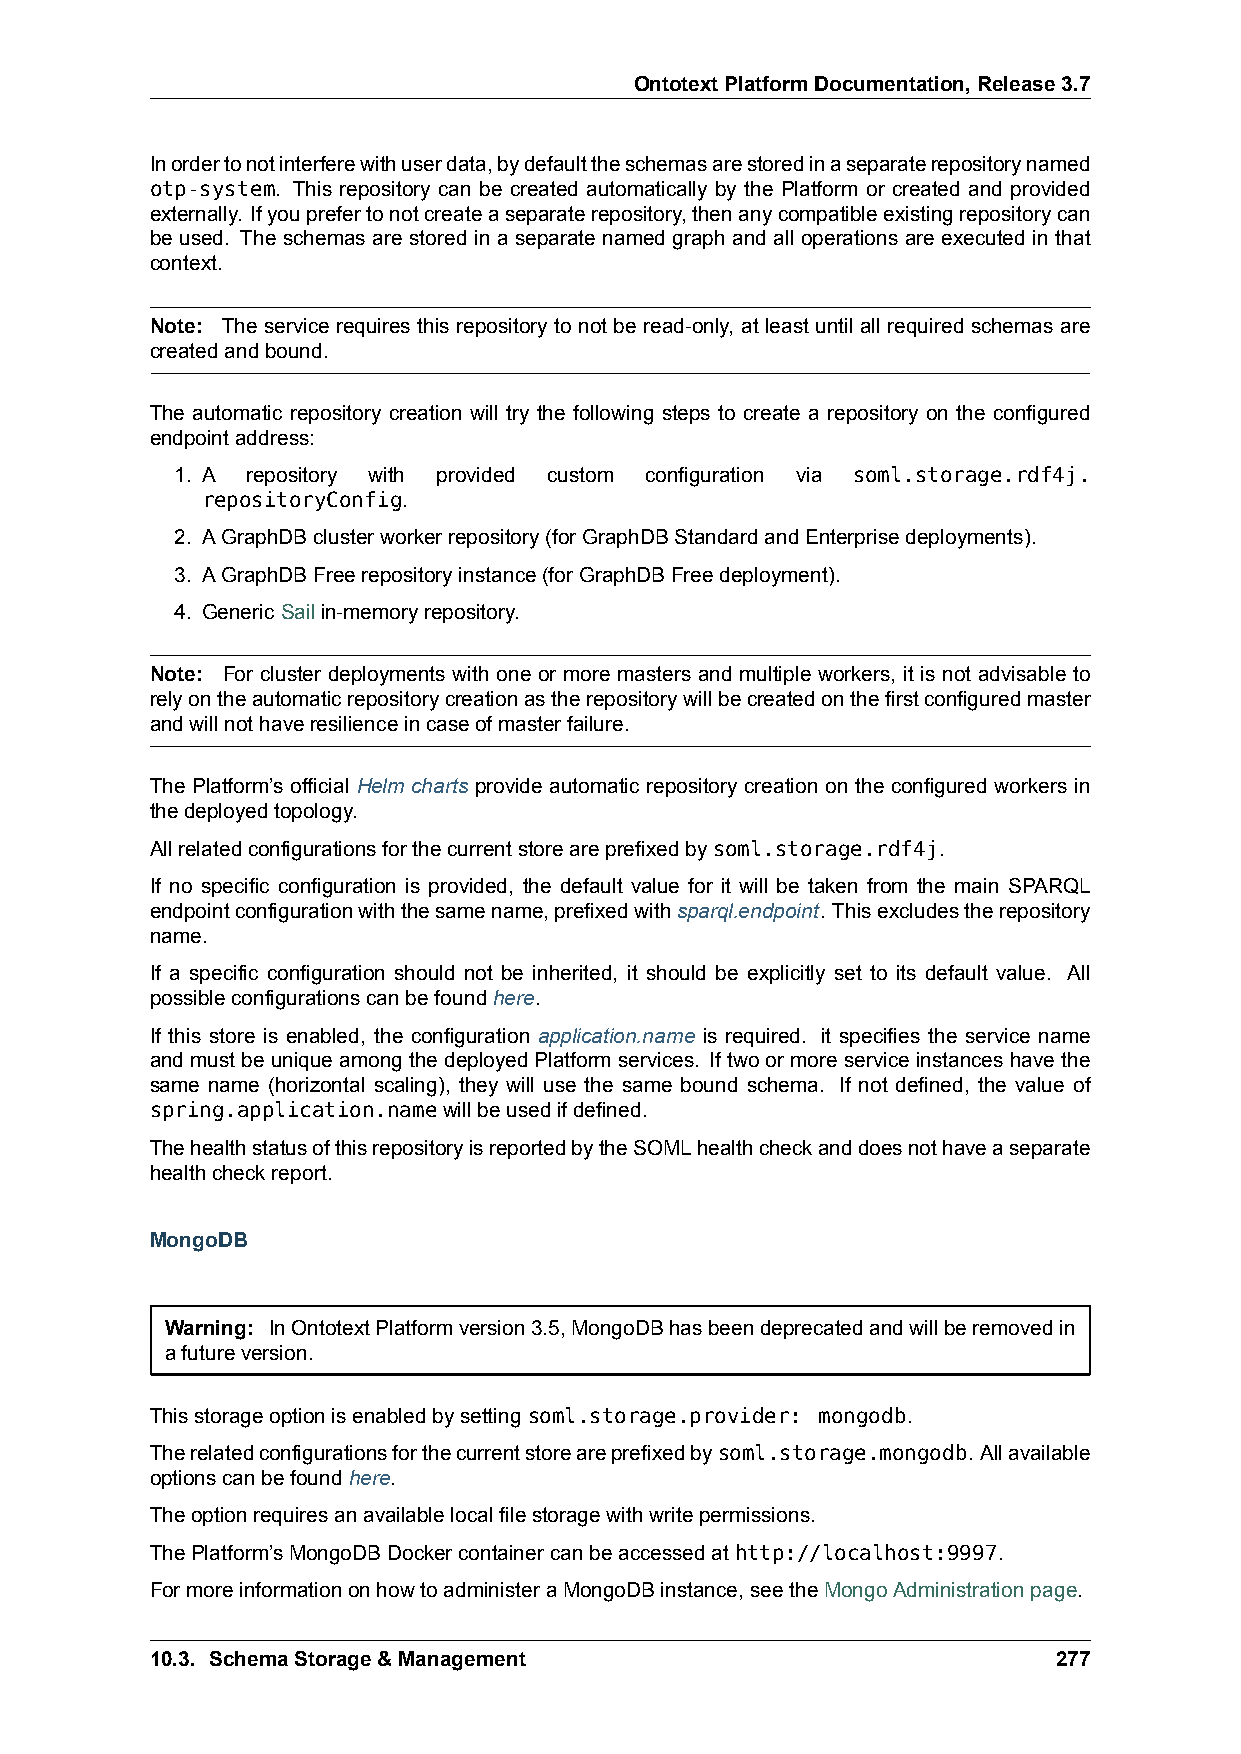
OntotextPlatformDocumentation,Release3.7
 Inordertonotinterferewithuserdata,bydefaulttheschemasarestoredinaseparaterepositorynamed
 otp-system. This repository can be created automatically by the Platform or created and provided
 externally. Ifyouprefertonotcreateaseparaterepository,thenanycompatibleexistingrepositorycan
 be used. The schemas are stored in a separate named graph and all operations are executed in that
 context.
 Note: The service requires this repository to not be read-only, at least until all required schemas are
 createdandbound.
 The automatic repository creation will try the following steps to create a repository on the configured
 endpointaddress:
 1. A repository with provided custom configuration via soml.storage.rdf4j.
 repositoryConfig.
 2. AGraphDBclusterworkerrepository(forGraphDBStandardandEnterprisedeployments).
 3. AGraphDBFreerepositoryinstance(forGraphDBFreedeployment).
 4. GenericSailin-memoryrepository.
 Note: For cluster deployments with one or more masters and multiple workers, it is not advisable to
 relyontheautomaticrepositorycreationastherepositorywillbecreatedonthefirstconfiguredmaster
 andwillnothaveresilienceincaseofmasterfailure.
 The Platform’s official Helm charts provide automatic repository creation on the configured workers in
 thedeployedtopology.
 Allrelatedconfigurationsforthecurrentstoreareprefixedbysoml.storage.rdf4j.
 If no specific configuration is provided, the default value for it will be taken from the main SPARQL
 endpointconfigurationwiththesamename,prefixedwithsparql.endpoint. Thisexcludestherepository
 name.
 If a specific configuration should not be inherited, it should be explicitly set to its default value. All
 possibleconfigurationscanbefoundhere.
 If this store is enabled, the configuration application.name is required. it specifies the service name
 andmustbeuniqueamongthedeployedPlatformservices. Iftwoormoreserviceinstanceshavethe
 same name (horizontal scaling), they will use the same bound schema. If not defined, the value of
 spring.application.namewillbeusedifdefined.
 ThehealthstatusofthisrepositoryisreportedbytheSOMLhealthcheckanddoesnothaveaseparate
 healthcheckreport.
 MongoDB
 Warning: InOntotextPlatformversion3.5,MongoDBhasbeendeprecatedandwillberemovedin
 afutureversion.
 Thisstorageoptionisenabledbysettingsoml.storage.provider: mongodb.
 Therelatedconfigurationsforthecurrentstoreareprefixedbysoml.storage.mongodb. Allavailable
 optionscanbefoundhere.
 Theoptionrequiresanavailablelocalfilestoragewithwritepermissions.
 ThePlatform’sMongoDBDockercontainercanbeaccessedathttp://localhost:9997.
 FormoreinformationonhowtoadministeraMongoDBinstance,seetheMongoAdministrationpage.
 10.3. SchemaStorage&Management                              277